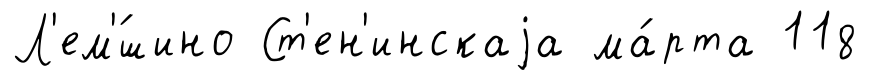
Л'ем'́шино Ст'ен'инскаjа ма́рта 118